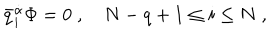
LaTeX: \bar { q } _ { i } ^ { \dot { \alpha } } \Phi = 0 \; , \quad N - q + 1 \leq i \leq N \; ,